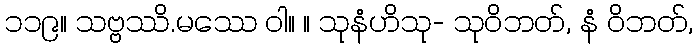
၁၁၉။ သဗ္ဗဿိ.မဿေ ဝါ။ ။ သုနံဟိသု- သုဝိဘတ်, နံ ဝိဘတ်,